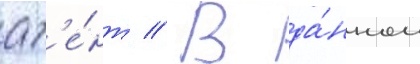
аг'е́нт // В да́нном